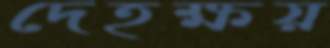
দেহক্ষয়